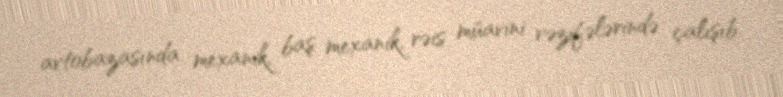
avtobazasında mexanik, baş mexanik, rəis müavini vəzifələrində çalışıb.